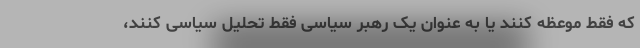
که فقط موعظه کنند یا به عنوان یک رهبر سیاسی فقط تحلیل سیاسی کنند،